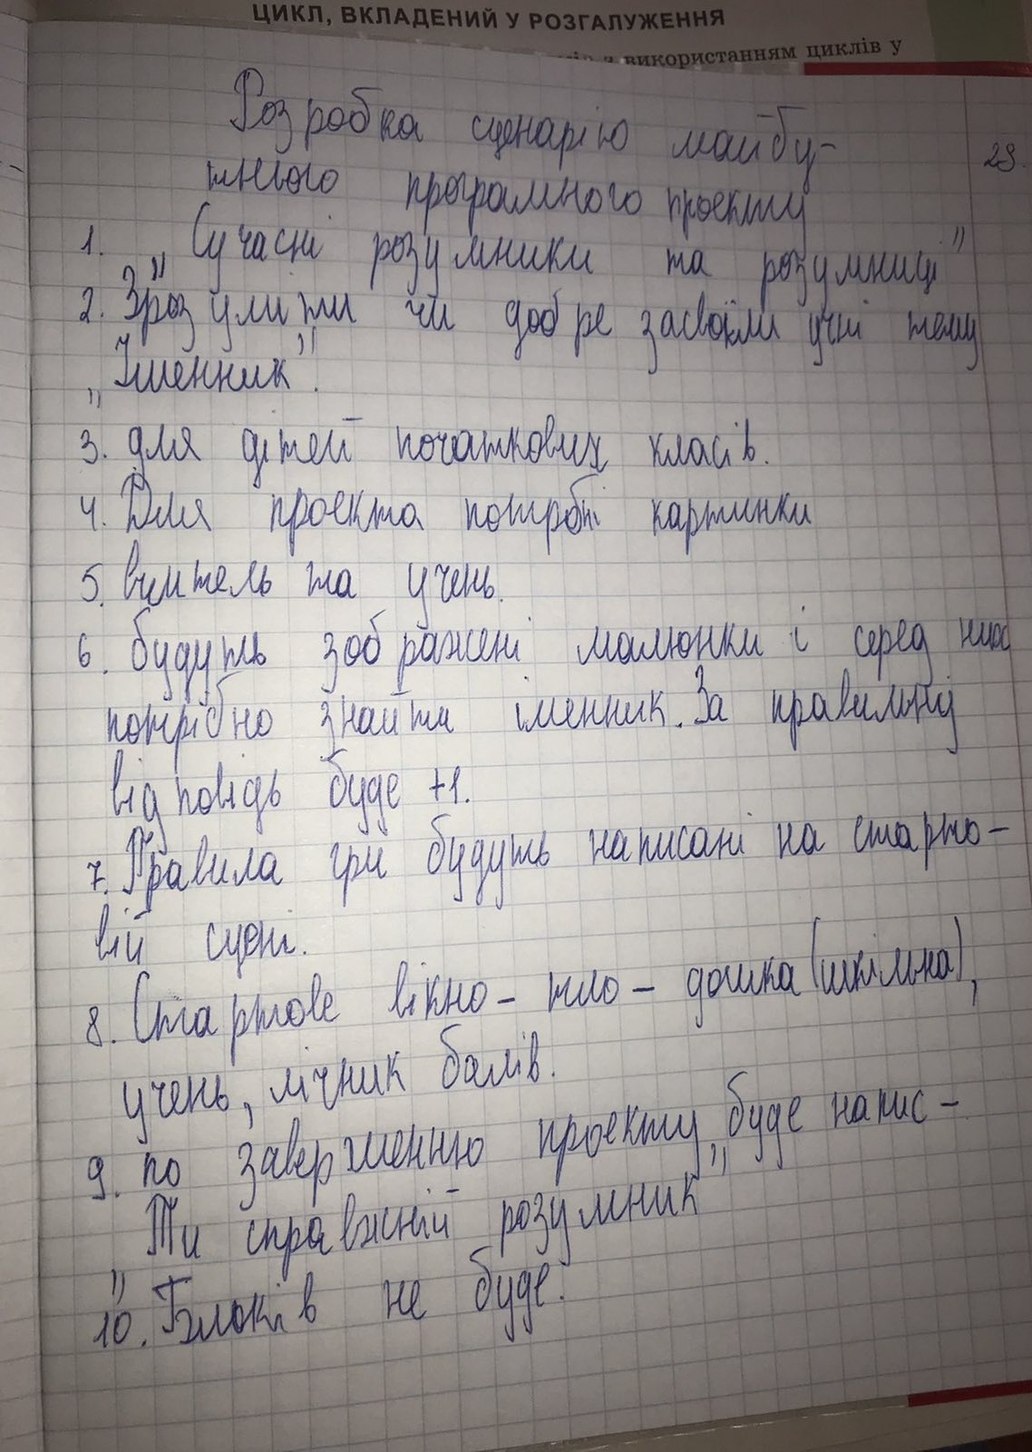
ЦИКЛ, ВКЛАДЕНИЙ У РОЗГАЛУЖЕННЯ
використанням циклів у
Розробка сценарію майбу-
23
тнього програмного проекту
1. "Сучасні розумники та розумниці"
2. Зрозуміти чи добре засвоїли учні тему
"Іменник".
3. для дітей початкових класів.
4. Для проєкта потрібні картинки
5. вчитель та учень.
6.будуть зоб ражені малюнки і  серед них
потрібно знайти іменник. За правильну
відповідь буде +1.
7. Правила гри будуть написані на старто-
вій сцені.
8. Стартове вікно-тло-дошка (шкільна),
учень, лічник балів.
9. по завершенню проекту,буде напис-
"Ти справжній розумник"
10. Блоків не буде.